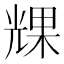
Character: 𠒪